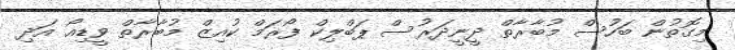
މިގޮތުން ބަހުސް މުބާރާތް ދީނީދަރުސް ޕަބްލިކް ފޯރަމް ކުއިޒް މުބާރާތް ވީޑިއޯ އަދި